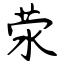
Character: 荥